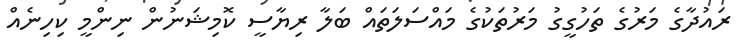
ރައުދާގެ މަރުގެ ތަހުގީގު މަރުތަކުގެ މައްސަލަތައް ބަލާ ރިޔާސީ ކޮމިޝަނުން ނިންމީ ކިހިނެއް